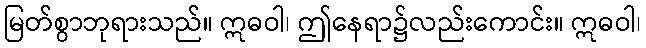
မြတ်စွာဘုရားသည်။ ဣဓဝါ၊ ဤနေရာ၌လည်းကောင်း။ ဣဓဝါ၊